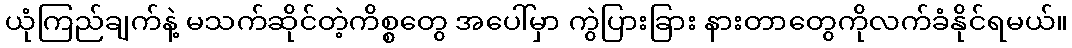
ယုံကြည်ချက်နဲ့ မသက်ဆိုင်တဲ့ကိစ္စတွေ အပေါ်မှာ ကွဲပြားခြား နားတာတွေကိုလက်ခံနိုင်ရမယ်။